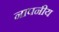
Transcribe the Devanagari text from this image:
नापनीय